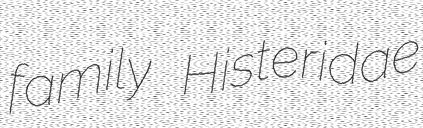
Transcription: family Histeridae